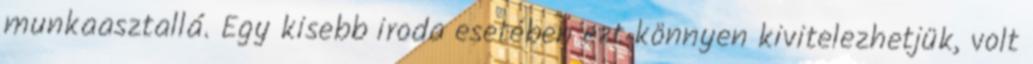
munkaasztallá. Egy kisebb iroda esetében ezt könnyen kivitelezhetjük, volt